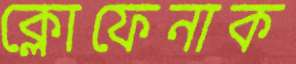
ক্লোফেনাক